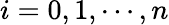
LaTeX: i=0,1,\cdots,n